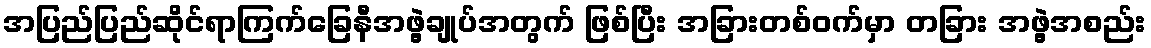
အပြည်ပြည်ဆိုင်ရာကြက်ခြေနီအဖွဲ့ချုပ်အတွက် ဖြစ်ပြီး အခြားတစ်ဝက်မှာ တခြား အဖွဲ့အစည်း